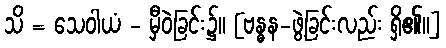
သိ = သေဝါယံ - မှီဝဲခြင်း၌။ [ဗန္ဓန-ဖွဲ့ခြင်းလည်း ရှိ၏။]